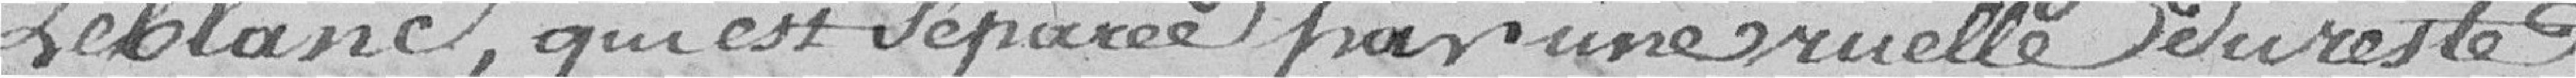
Leblanc, qui est séparée par une ruelle du reste